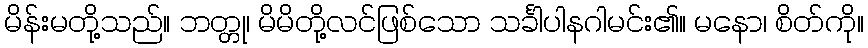
မိန်းမတို့သည်။ ဘတ္တု၊ မိမိတို့လင်ဖြစ်သော သင်္ခါပါနဂါမင်း၏။ မနော၊ စိတ်ကို။